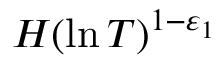
H ( \ln T ) ^ { 1 - \varepsilon _ { 1 } }